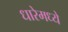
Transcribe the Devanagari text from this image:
धारेमध्ये